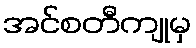
အင်စတီကျုမှ